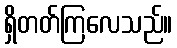
ရှိတတ်ကြလေသည်။